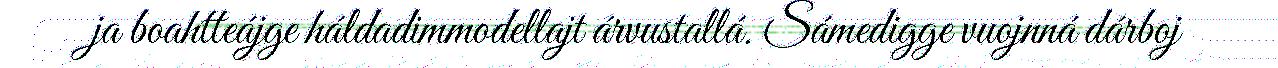
ja boahtteájge háldadimmodellajt árvustallá. Sámedigge vuojnná dárboj